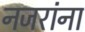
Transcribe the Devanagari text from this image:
नजरांना